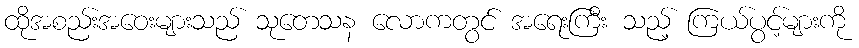
ထိုအစည်းအဝေးများသည် သုတေသန လောကတွင် အရေးကြီး သည့် ကြယ်ပွင့်များကို